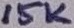
Text: 15K